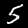
Label: 5